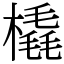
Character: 橇